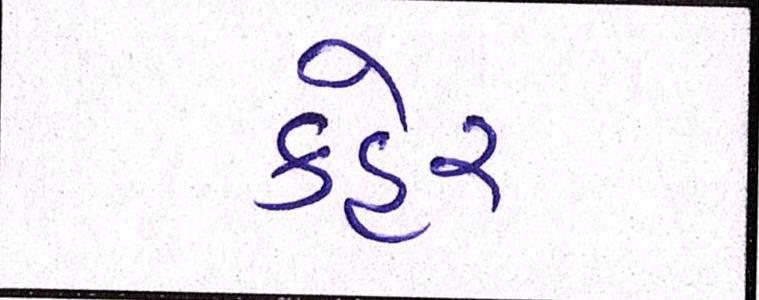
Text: કહેર